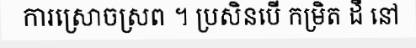
ការស្រោចស្រព ។ ប្រសិនបើ កម្រិត ដី នៅ